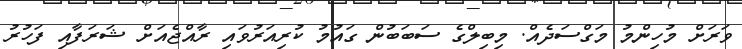
ވަރަށް މުހިންމު މަގްސަދެއް. މިބިލްގެ ސަބަބުން ގައުމު ކުރިއަރުވައި ރާއްޖެއަށް ޝަރަފާއި ފަހުރު